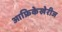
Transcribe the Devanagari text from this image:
आफ्रिकेखेरीज